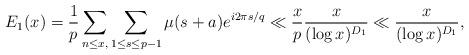
LaTeX: \begin{align*} E_1(x)=\frac{1}{p}\sum_{ n \leq x,} \sum_{1 \leq s\leq p-1}\mu(s+a)e^{i2\pi s/q}\ll\frac{x}{p}\frac{x}{(\log x)^{D_1}}\ll\frac{x}{(\log x)^{D_1}},\end{align*}